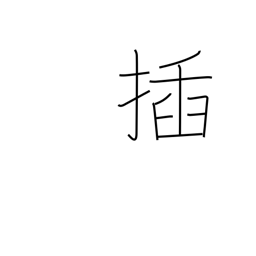
Meaning: stick into